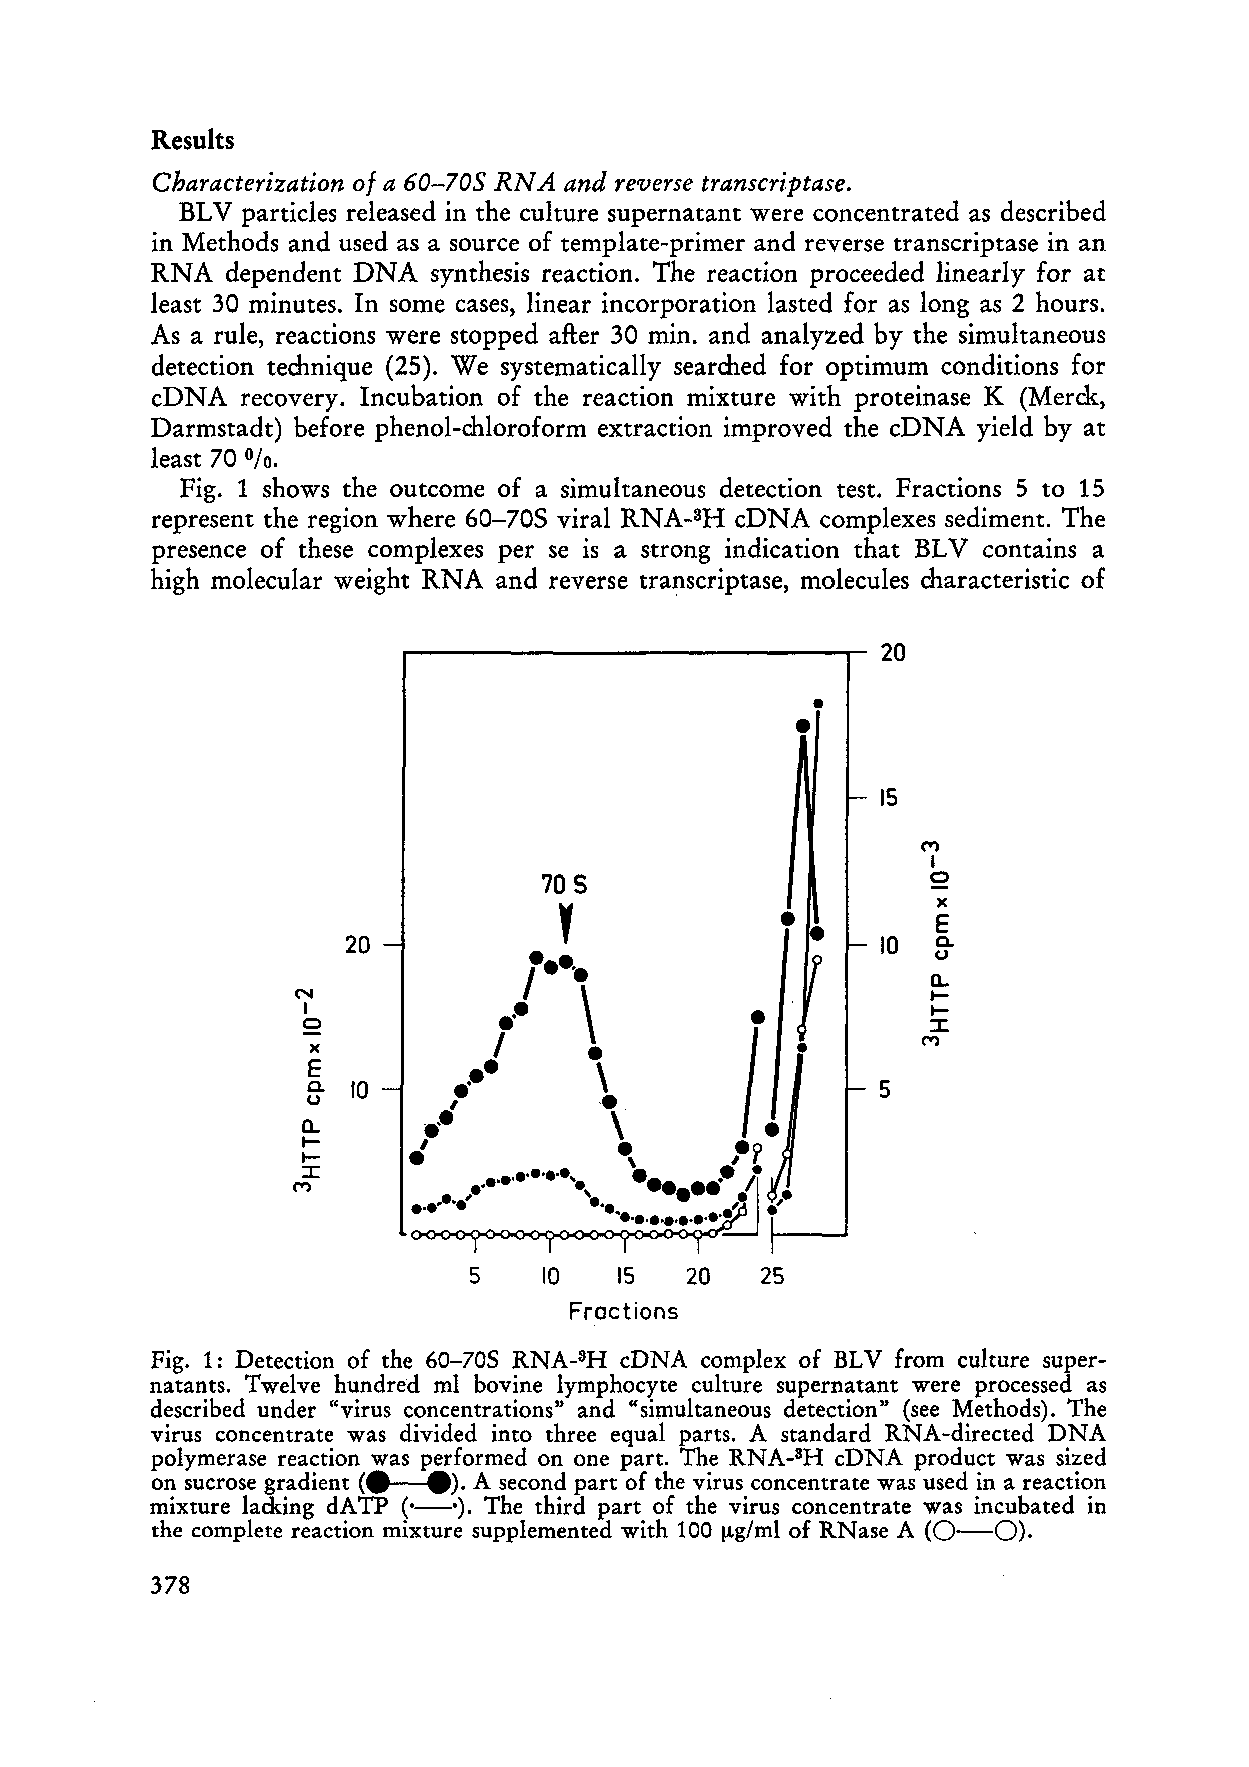
Results
 0/
 Characterization a 60-70S RNA and reverse transcriptase.
 BL V particles released in the culture supernatant were concentrated as described
 in Methods and used as a source of template-primer and reverse transcriptase in an
 RNA  dependent DNA synthesis reaction. The reaction proceeded linearly for at
 least 30 minutes. In some cases, linear incorporation lasted for as long as 2 hours.
 As a rule, reactions were stopped after 30 min. and analyzed by the simultaneous
 detection technique (25). We systematically searched for optimum conditions for
 cD NA recovery. Incubation of the reaction mixture with proteinase K (Merck,
 Darmstadt) before phenol-chloroform extraction improved the cDNA yield by at
 least 70 0/0.
 Fig. 1 shows the outcome of a simultaneous detection test. Fractions 5 to 15
 represent the region where 60-70S viral RNA-3H cDNA complexes sediment. The
 presence of these complexes per se is a strong indication that BL V contains a
 high molecular weight RNA and reverse transcriptase, moleeules characteristic of
 20
 •
 •
 15
 ,
 M
 I
 70 S                      2
 •         x
 E
 20          t····                  10  c..
 .-                           u
 \                      CL
 N                                         I-
 I          ..                             I-
 0                                         ::J:
 x        .' I     • \                   M
 E
 a. 10   .0.          \                5
 u
 CL        I       '. '., ... •... 'r .
 I-
 I :r- : ~ ..• .. .. , . ...•. ••••••• ..• ~• •• .'
 ,
 M                            ~
 '
 ••••••••••••••••
 f--_. ...
 5    10   15   20  25
 Froctions
 Fig. 1: Detection of the 60-705 RNA-3H cDNA complex of BL V from culture super
 natants. Twelve hundred ml bovine lymphocyte culture supernatant were processed as
 described under "virus concentrations" and "simultaneous detection" (see Methods). The
 virus concentrate was divided into three equal parts. A standard RNA-directed DNA
 polymer ase reaction was performed on one part. The RNA-3H cDNA product was sized
 <e  e).
 on sucrose gradient  A second part of the virus concentrate was used in areaction
 mixture lacking dA TP ('-'). The third part of the virus concentrate was incubated in
 the compiete reaction mixture suppiemented with 100 ~g/ml of RNase A (0-0).
 378